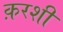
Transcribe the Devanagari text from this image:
क़रशी